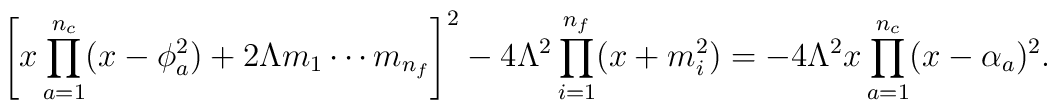
\left[ x \prod_{a=1}^{n_{c}} (x-\phi_{a}^{2})          + 2\Lambda m_{1} \cdots m_{n_{f}} \right]^{2}          - 4\Lambda^{2} \prod_{i=1}^{n_{f}}(x+m_{i}^{2})          = -4\Lambda^{2} x \prod_{a=1}^{n_{c}} (x-\alpha_{a})^{2}.